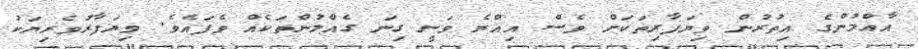
އާއްމުންގެ އިތުރުން ވިޔަފާރިތަކަށް ވެސް އިއްޔެ ވަނީ ގިނަ ގެއްލުންތަކެއް ވެފައެވެ. ވިޔަފާރުވެރިޔަކު